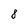
Character: 8